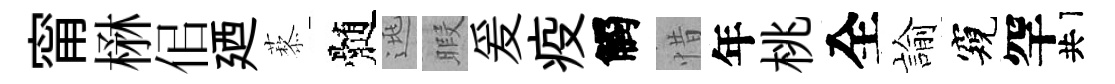
甯楙佀廼藜髄逃暇爰疫觸惜年桃全諭窺罕共